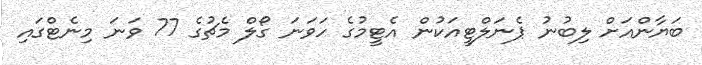
ބަޔާންއަށް ލިބުނު ޕެނަލްޓީއަކުން އެޓީމުގެ ހަވަނަ ގޯލް މެޗުގެ 77 ވަނަ މިނެޓްގައި